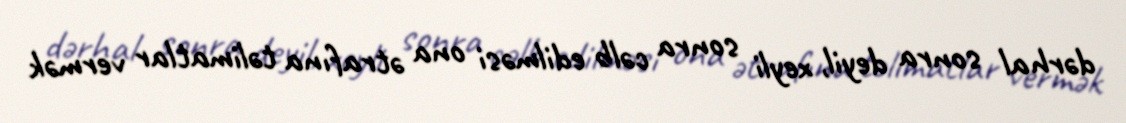
dərhal sonra deyil, xeyli sonra cəlb edilməsi ona ətrafına təlimatlar vermək